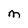
Character: M